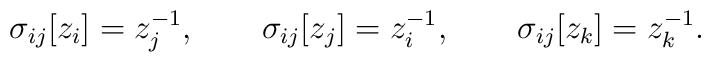
\sigma_{ij}[z_i]=z_j^{-1}, \qquad  \sigma_{ij}[z_j]=z_i^{-1},\qquad\sigma_{ij}[z_k]=z_k^{-1}.